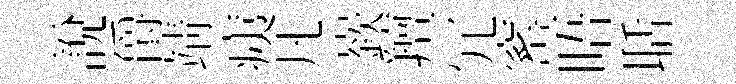
説爵靖痍凡嶔羶冗窰晤聒